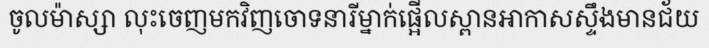
ចូលម៉ាស្សា លុះចេញមកវិញចោទនារីម្នាក់ផ្អើលស្ពានអាកាសស្ទឹងមានជ័យ